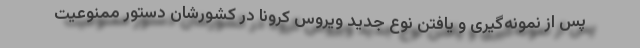
پس از نمونه‌گیری و یافتن نوع جدید ویروس کرونا در کشورشان دستور ممنوعیت